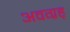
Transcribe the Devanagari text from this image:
अवग्रह्